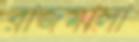
রাজমালা